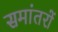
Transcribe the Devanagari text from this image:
समांतरों